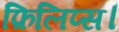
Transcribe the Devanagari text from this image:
फ़िलिप्स।